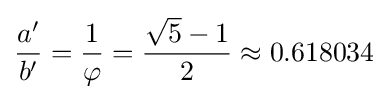
{a' \over b'}={1 \over \varphi }={{{\sqrt {5}}-1} \over 2}\approx 0.618034